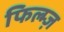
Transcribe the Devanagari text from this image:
फिल्म्ज़